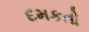
દમકતો